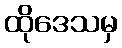
ထိုဒေသမှ